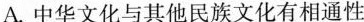
A.中华文化与其他民族文化有相通性